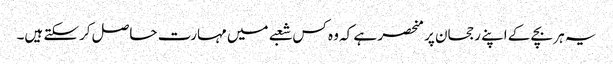
یہ ہر بچے کے اپنے رجحان پر منحصر ہے کہ وہ کس شعبے میں مہارت حاصل کرسکتے ہیں۔